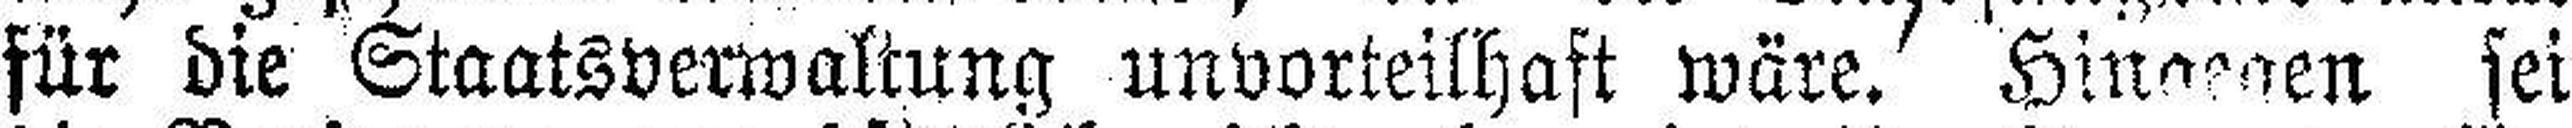
für die Staatsverwaltung unvorteilhaft wäre. Hina###en sei